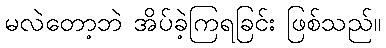
မလဲတော့ဘဲ အိပ်ခဲ့ကြရခြင်း ဖြစ်သည်။